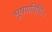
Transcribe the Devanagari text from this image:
भूषणविधिः।